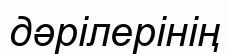
дәрілерінің